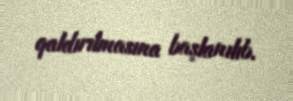
qaldırılmasına başlanılıb.